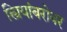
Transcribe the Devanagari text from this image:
स्त्रियांबरोबर